Indian journal of veterinary science and animal husbandry - Volume 13,
Year: 1943
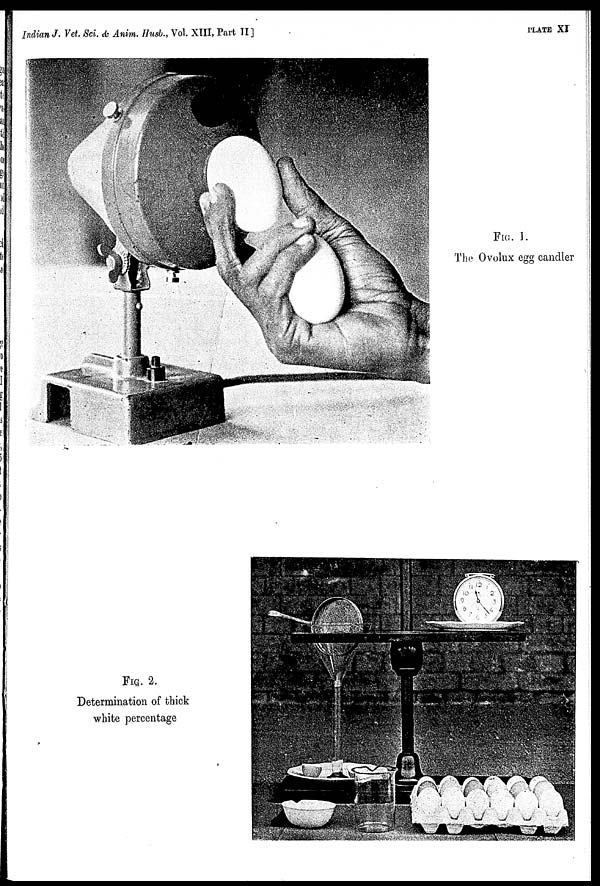
Indian J. Vet. Sci. & Anim. Husb., Vol. XIII, Part II ]
PLATE XI
FIG. 1.
The Ovolux egg candler
FIG. 2.
Determination of thick
white percentage